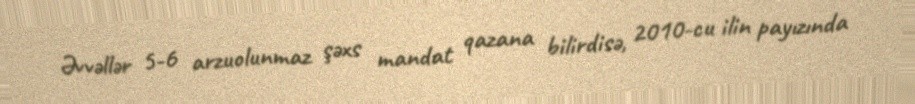
Əvvəllər 5-6 arzuolunmaz şəxs mandat qazana bilirdisə, 2010-cu ilin payızında